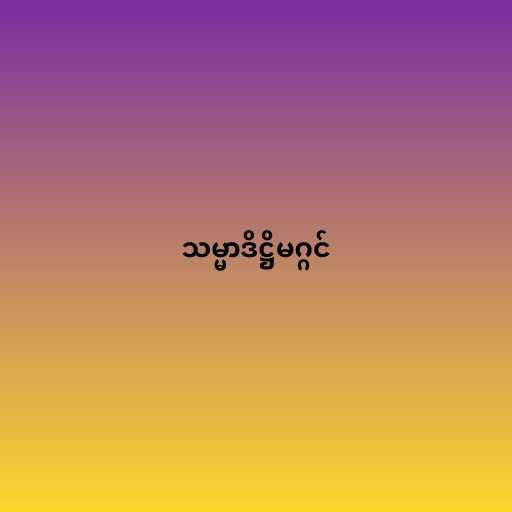
သမ္မာဒိဋ္ဌိမဂ္ဂင်